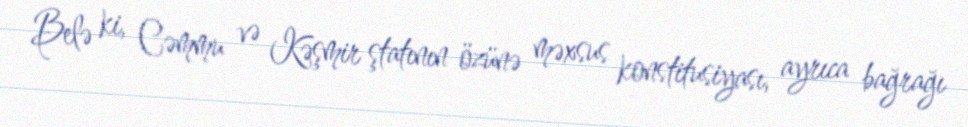
Belə ki, Cəmmu və Kəşmir ştatının özünə məxsus konstitusiyası, ayrıca bağrağı